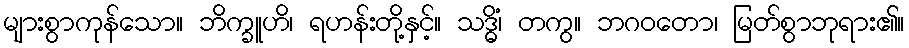
များစွာကုန်သော။ ဘိက္ခူဟိ၊ ရဟန်းတို့နှင့်။ သဒ္ဓိံ၊ တကွ။ ဘဂဝတော၊ မြတ်စွာဘုရား၏။